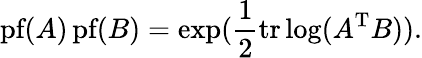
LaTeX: {\textrm{pf}}(A)\, {\textrm{pf}}(B)=\exp({\frac{1}{2}}\mathrm{tr}\log(A^{\mathrm{T}}B)).